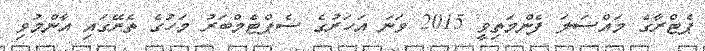
ޕެޓްރާގެ މައްސަލަ ފެންމަތިވީ 2015 ވަނަ އަހަރުގެ ސެޕްޓެމްބަރު މަހުގެ ތެރޭގައި އާންމުވި